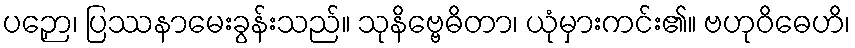
ပဉှော၊ ပြဿနာမေးခွန်းသည်။ သုနိဗ္ဗေဓိတာ၊ ယုံမှားကင်း၏။ ဗဟုဝိဓေဟိ၊